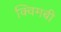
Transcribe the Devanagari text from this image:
क्विमबी